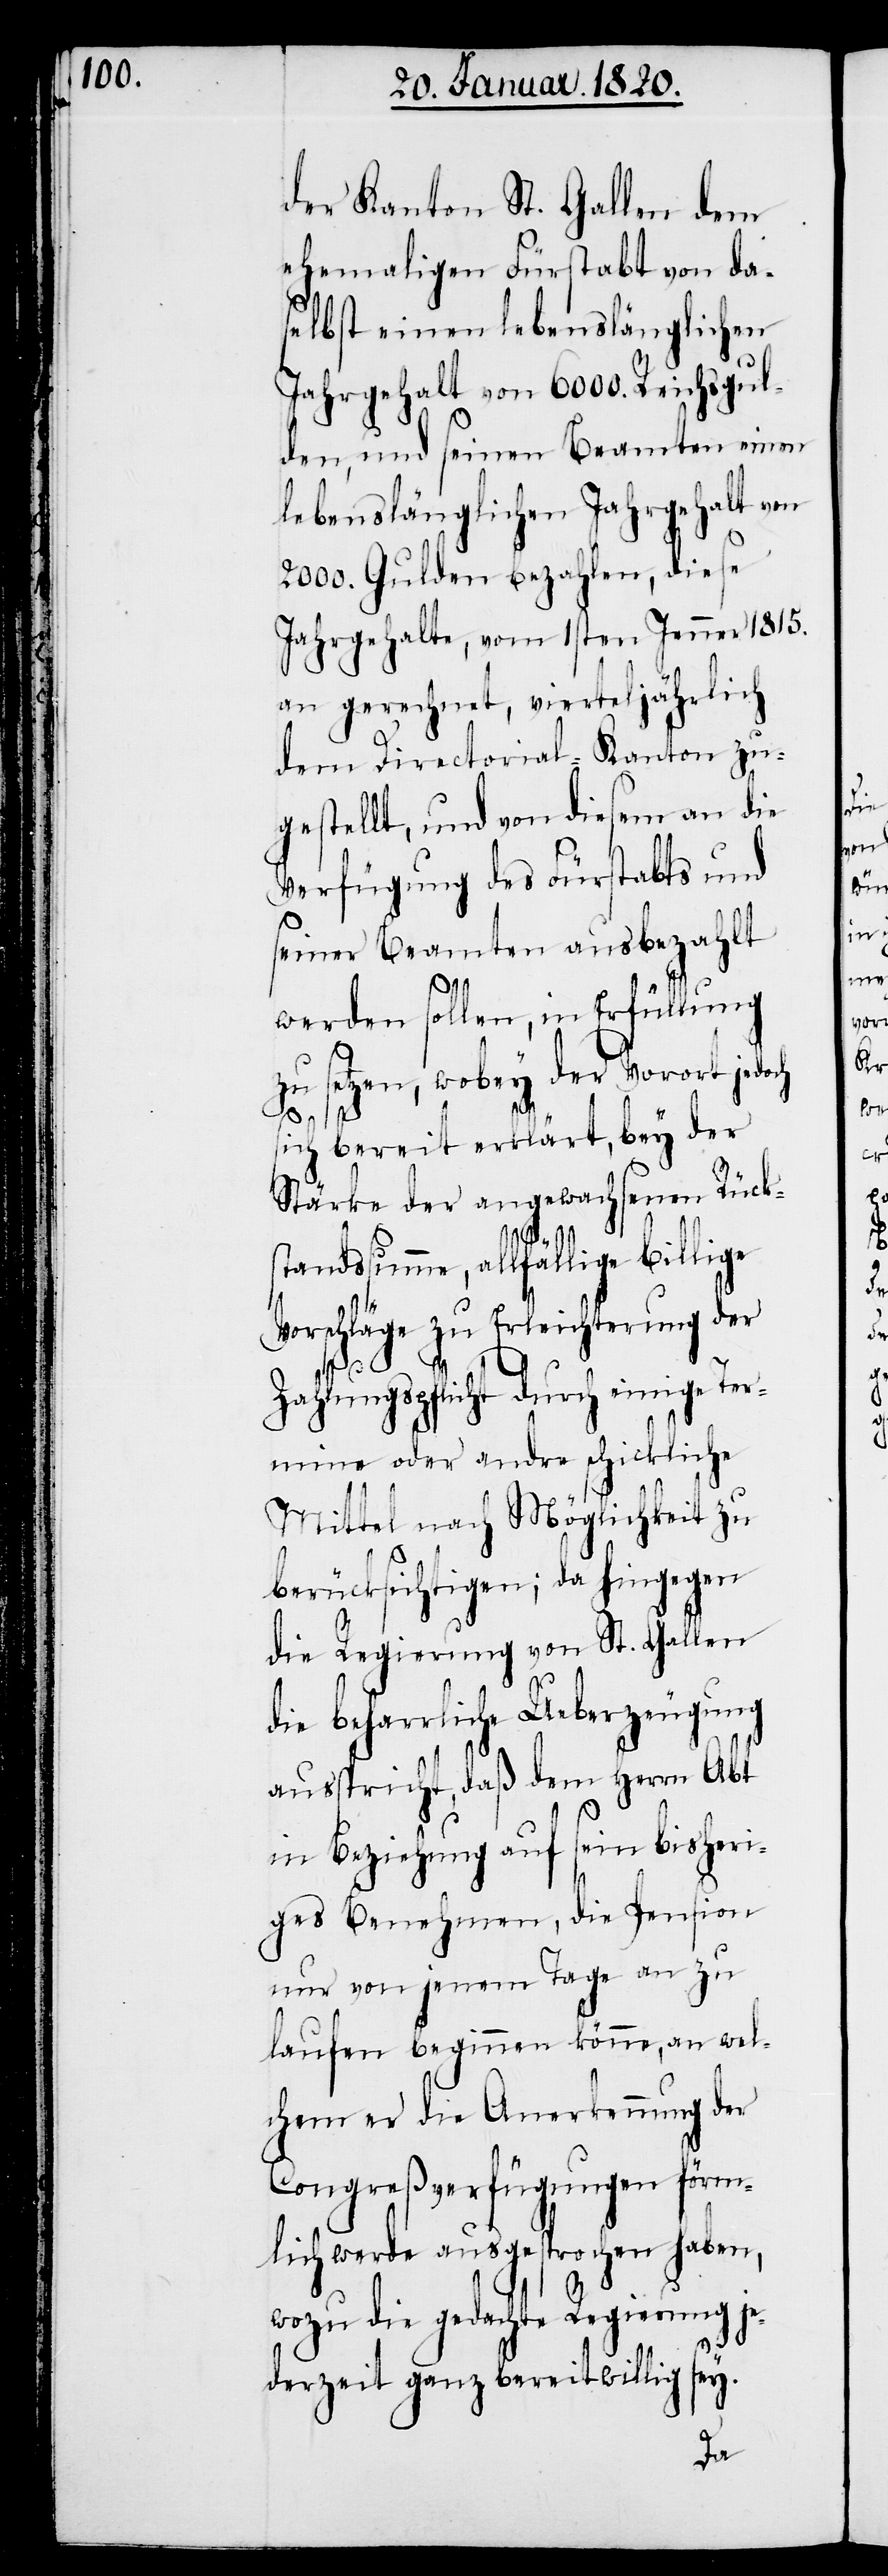
der Kanton St. Gallen dem
ehemaligen Fürstabt von da¬
selbst einen lebenslänglichen
Jahrgehalt von 6000. Reichsgul¬
den, und seinen Beamten einen
lebenslänglichen Jahrgehalt von
2000. Gulden bezahlen, diese
Jahrgehalte, vom 1sten Jenner 1815.
an gerechnet, vierteljährlich
dem Directorial-Kanton zu¬
gestellt, und von diesem an die
Verfügung des Fürstabts und
seiner Beamten ausbezahlt
werden sollen, in Erfüllung
zu setzen, wobey der Vorort jedo¬
sich bereit erklärt, bey der
Stärke der angewachsenen Rück¬
standssumme, allfällige billige
Vorschläge zu Erleichterung der
ch
Zahlungspflicht durch einige Ter¬
mine oder andre schickliche
Mittel nach Möglichkeit zu
berücksichtigen; da hingegen
die Regierung von St. Gallen
die beharrliche Ueberzeugung
ausspricht, daß dem Herrn Abt
in Beziehung auf sein bisheri¬
ges Benehmen, die Pension
nur von jenem Tage an zu
laufen beginnen könne, an wel¬
chem er die Anerkennung der
Congreßverfügungen förm¬
lich werde ausgesprochen haben,
wozu die gedachte Regierung je¬
derzeit ganz bereitwillig sey.